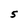
Character: S